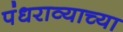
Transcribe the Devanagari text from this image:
पंधराव्याच्या